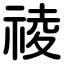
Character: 祾